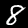
Label: 8